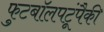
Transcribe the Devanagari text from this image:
फुटबॉलपटूंपैकी